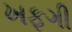
ખફગી